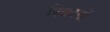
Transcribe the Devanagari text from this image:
पिसटनों